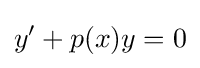
y'+p(x)y=0